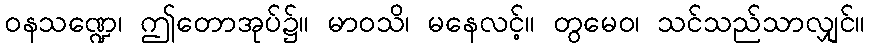
ဝနသဏ္ဍေ၊ ဤတောအုပ်၌။ မာဝသိ၊ မနေလင့်။ တွမေဝ၊ သင်သည်သာလျှင်။